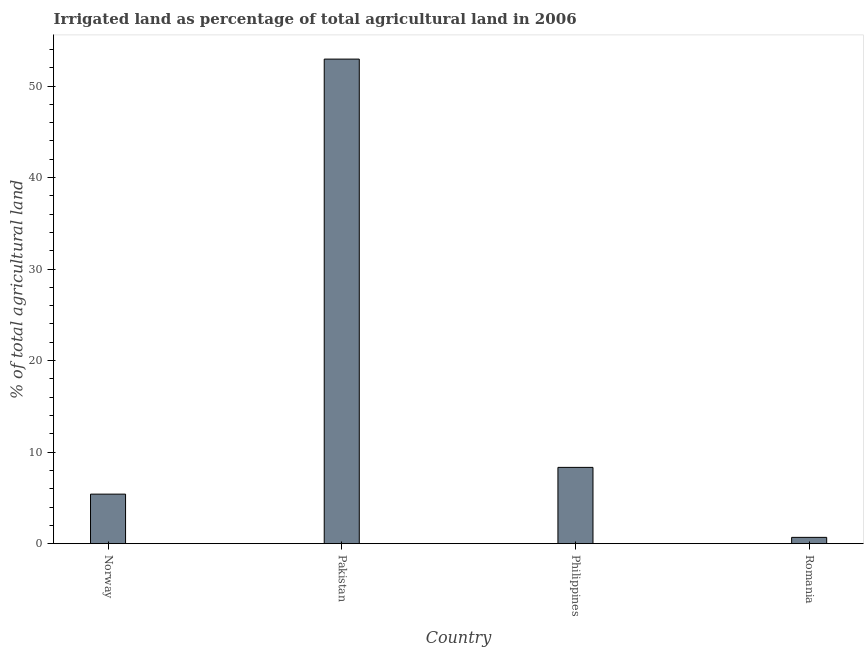
| Country | Agricultural irrigated land  |
 | --- | --- |
 | Norway | 5.41 |
 | Pakistan | 52.9 |
 | Philippines | 8.33 |
 | Romania | 0.687 |